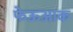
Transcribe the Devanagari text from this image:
फेऊआक